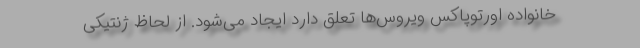
خانواده اورتوپاکس ویروس‌ها تعلق دارد ایجاد می‌شود. از لحاظ ژنتیکی